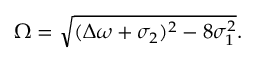
\Omega = \sqrt { ( \Delta \omega + \sigma _ { 2 } ) ^ { 2 } - 8 \sigma _ { 1 } ^ { 2 } } .